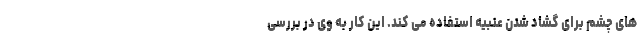
های چشم برای گشاد شدن عنبیه استفاده می کند. این کار به وی در بررسی